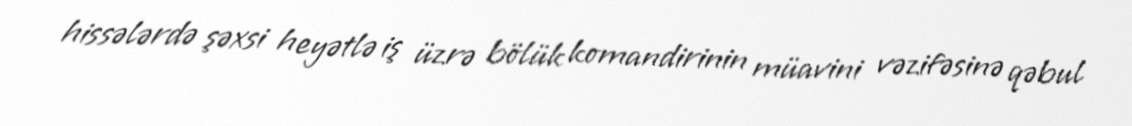
hissələrdə şəxsi heyətlə iş üzrə bölük komandirinin müavini vəzifəsinə qəbul